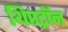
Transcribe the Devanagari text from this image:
थिएट्रॉन